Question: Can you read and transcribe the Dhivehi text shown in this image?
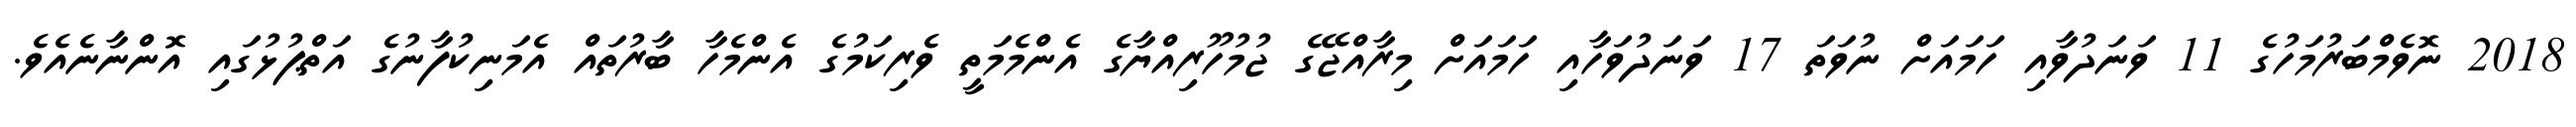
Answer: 2018 ނޮވެމްބަރުމަހުގެ 11 ވަނަދުވާއި ހަމައަށް ނުވަތަ 17 ވަނަދުވަހާއި ހަމައަށް މިރާއްޖޭގެ ޖުމުހޫރިއްޔާގެ އެންމެމަތީ ވެރިކަމުގެ އެންމެހާ ބާރުތައް އެމަނިކުފާނުގެ އަތްޕުޅުގައި އޮންނާނެއެވެ.